Punjab Mental Hospital Lahore 1932-46 - 1932-1946
Year: 1932
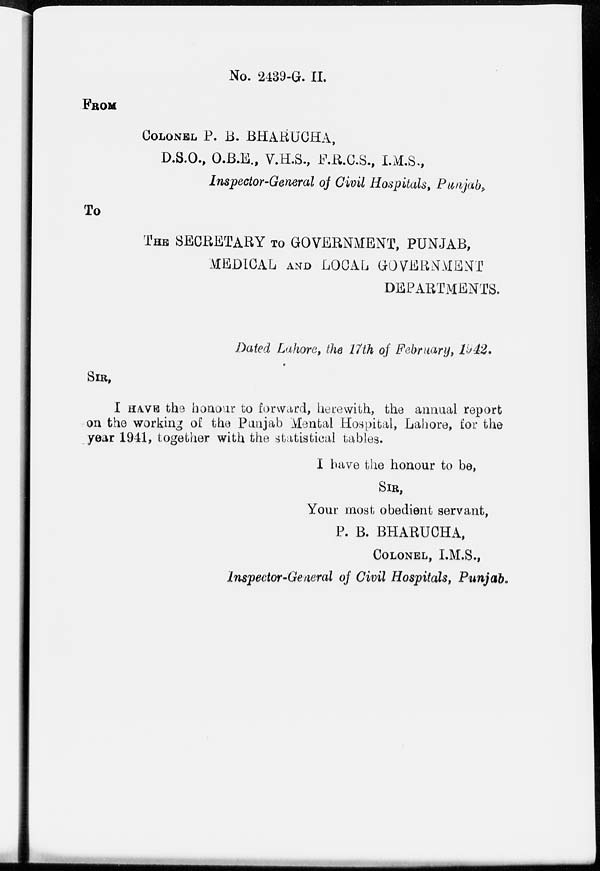
No. 2439-G. II.
FROM
COLONEL P. B. BHARUCHA,
D.S.O., O.B.E., V.H.S., F.R.C.S., I.M.S.,
Inspector-General of Civil Hospitals, Punjab,
To
THE SECRETARY TO GOVERNMENT, PUNJAB,
MEDICAL AND LOCAL GOVERNMENT
DEPARTMENTS.
Dated Lahore, the 17th of February, 1942.
SIR,
I HAVE the honour to forward, herewith, the annual report
on the working of the Punjab Mental Hospital, Lahore, for the
year 1941, together with the statistical tables.
I have the honour to be,
SIR,
Your most obedient servant,
P. B. BHARUCHA,
COLONEL, I.M.S.,
Inspector-General of Civil Hospitals, Punjab.